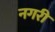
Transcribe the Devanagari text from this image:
नगरीं